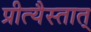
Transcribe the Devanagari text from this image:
प्रीत्यैस्तात्